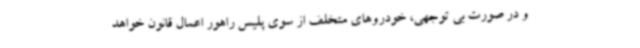
و در صورت بی توجهی، خودروهای متخلف از سوی پلیس راهور اعمال قانون خواهد